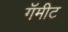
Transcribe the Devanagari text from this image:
गॅमीट